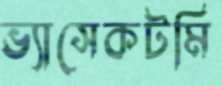
ভ্যাসেকটমি